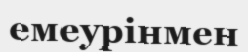
емеурінмен